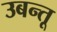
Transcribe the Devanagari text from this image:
उबन्तू